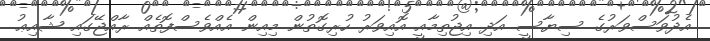
އެދުވަސްވަރުގެ ސިޔާސީ އަދި އިޖުތިމާއީ އޮއިވަރު ހުރިގޮތުން މިއިން އެއްވެސްފޮތެއް ރާއްޖޭގައި ޝާއިޢު